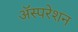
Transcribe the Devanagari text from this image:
अॅस्परेशन